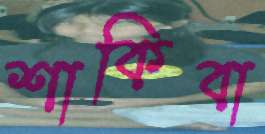
শাকিবা